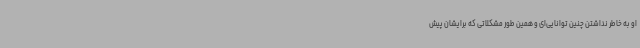
او به ‌خاطر نداشتن چنین توانایی‌ای و همین طور مشکلاتی که برایشان پیش